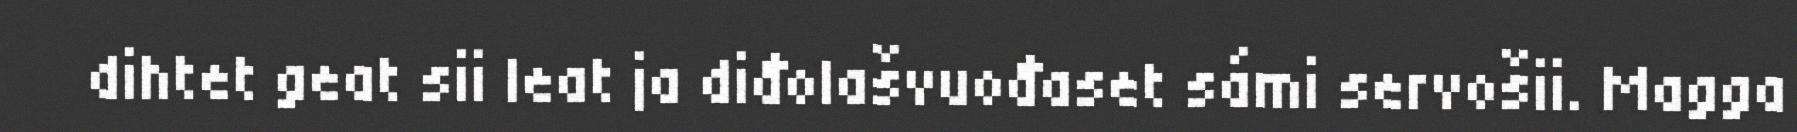
dihtet geat sii leat ja diđolašvuođaset sámi servošii. Magga